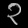
Digit: ၃